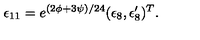
\epsilon _ { 1 1 } = e ^ { ( 2 \phi + 3 \psi ) / 2 4 } ( \epsilon _ { 8 } , \epsilon _ { 8 } ^ { \prime } ) ^ { T } .